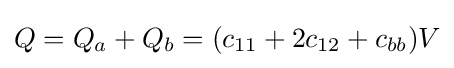
Q=Q_{a}+Q_{b}=(c_{11}+2c_{12}+c_{bb})V